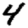
Digit: 4